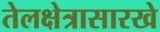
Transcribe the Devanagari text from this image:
तेलक्षेत्रासारखे